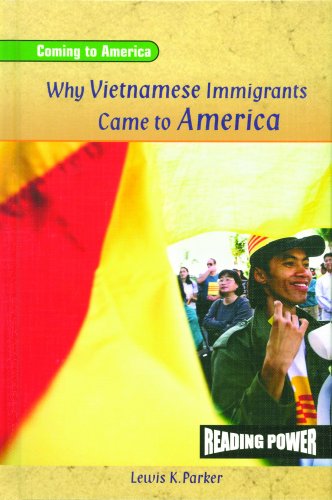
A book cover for Why Vietnamese Immigrants Came to America (Coming to America); Lewis K. Parker; Children's Books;